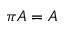
\pi A = A